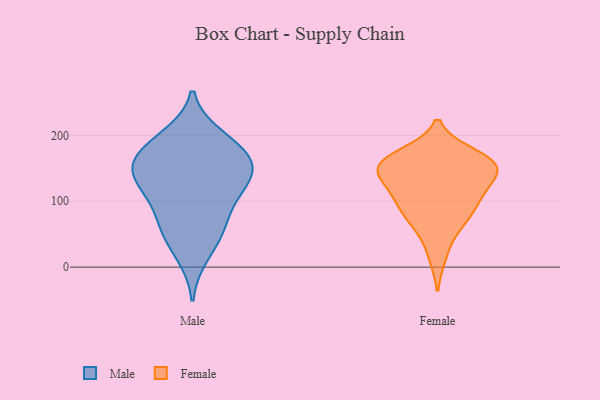
{"axis": {"x": "Revenue (USD Million)", "y": "Value"}, "legend": ["Female", "Male"], "data": [{"x": "", "y": 153, "type": "Male"}, {"x": "", "y": 54, "type": "Male"}, {"x": "", "y": 158, "type": "Male"}, {"x": "", "y": 156, "type": "Male"}, {"x": "", "y": 103, "type": "Male"}, {"x": "", "y": 116, "type": "Male"}, {"x": "", "y": 176, "type": "Male"}, {"x": "", "y": 194, "type": "Male"}, {"x": "", "y": 17, "type": "Male"}, {"x": "", "y": 71, "type": "Male"}, {"x": "", "y": 55, "type": "Male"}, {"x": "", "y": 199, "type": "Male"}, {"x": "", "y": 128, "type": "Male"}, {"x": "", "y": 127, "type": "Male"}, {"x": "", "y": 160, "type": "Male"}, {"x": "", "y": 156, "type": "Female"}, {"x": "", "y": 67, "type": "Female"}, {"x": "", "y": 104, "type": "Female"}, {"x": "", "y": 127, "type": "Female"}, {"x": "", "y": 160, "type": "Female"}, {"x": "", "y": 112, "type": "Female"}, {"x": "", "y": 87, "type": "Female"}, {"x": "", "y": 18, "type": "Female"}, {"x": "", "y": 140, "type": "Female"}, {"x": "", "y": 170, "type": "Female"}, {"x": "", "y": 146, "type": "Female"}, {"x": "", "y": 64, "type": "Female"}, {"x": "", "y": 98, "type": "Female"}, {"x": "", "y": 162, "type": "Female"}, {"x": "", "y": 157, "type": "Female"}, {"x": "", "y": 154, "type": "Female"}]}